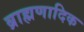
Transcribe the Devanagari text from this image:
ब्राह्मणादिक